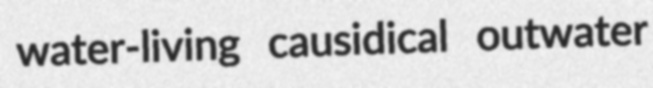
water-living causidical outwater